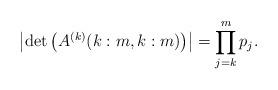
LaTeX: \begin{align*}\left| \det \left( A^{(k)}(k : m, k : m) \right) \right| = \prod_{j = k}^m p_j.\end{align*}